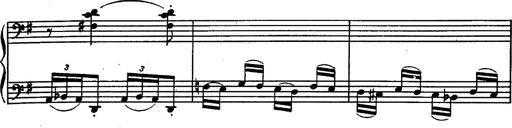
Title: Magyar rapszÃ³diÃ¡k
Composer: Franz Liszt